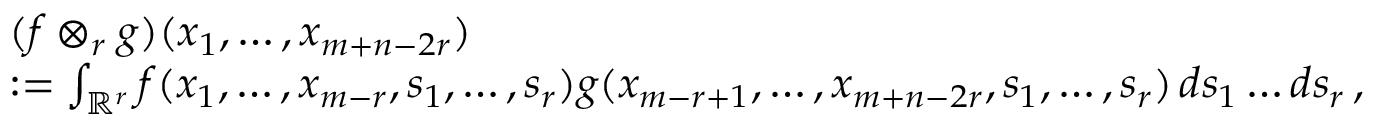
\begin{array} { r l } & { ( f \otimes _ { r } g ) ( x _ { 1 } , \ldots , x _ { m + n - 2 r } ) } \\ & { : = \int _ { \mathbb { R } ^ { r } } f ( x _ { 1 } , \ldots , x _ { m - r } , s _ { 1 } , \ldots , s _ { r } ) g ( x _ { m - r + 1 } , \ldots , x _ { m + n - 2 r } , s _ { 1 } , \ldots , s _ { r } ) \, d s _ { 1 } \ldots d s _ { r } \, , } \end{array}